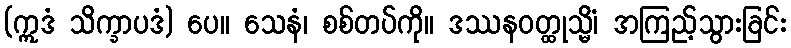
(ဣဒံ သိက္ခာပဒံ) ပေ။ သေနံ၊ စစ်တပ်ကို။ ဒဿနဝတ္ထုသ္မိံ၊ အကြည့်သွားခြင်း